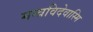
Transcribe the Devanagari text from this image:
मन्त्रविदेवास्मि